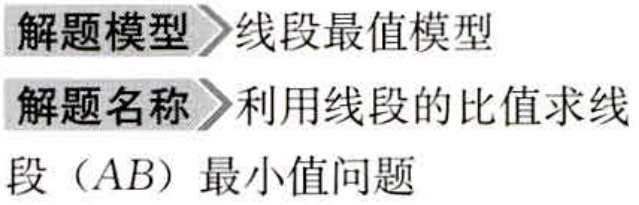
\begin{center}

  \textbf{解题模型} 线段最值模型\\

  \textbf{解题名称} 利用线段的比值求线\\

  段（\(AB\)）最小值问题

\end{center}